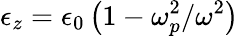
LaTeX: \epsilon_{z}=\epsilon_{0}\left(1-\omega_{p}^{2}/\omega^{2}\right)